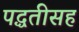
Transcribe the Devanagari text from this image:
पद्धतीसह